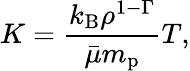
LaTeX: K=\frac{k_{\mathrm{B}}\rho^{1-\Gamma}}{\bar{\mu}m_{\mathrm{p}}}T,